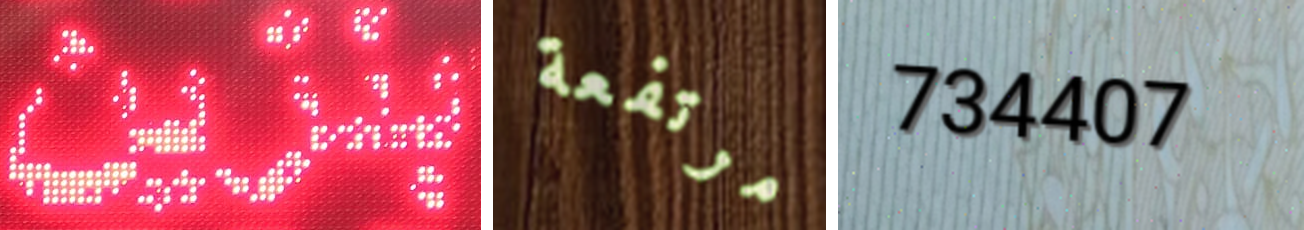
بنزين مرتفعة 734407